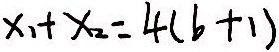
x _ { 1 } + x _ { 2 } = 4 ( b + 1 )